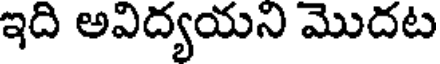
ఇది అవిద్యయని మొదట